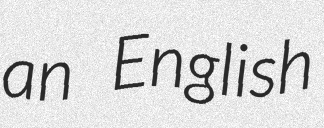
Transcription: an English